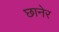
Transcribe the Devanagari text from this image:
छानेर